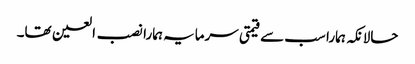
حالانکہ ہمارا سب سے قیمتی سرمایہ ہمارا نصب العین تھا۔